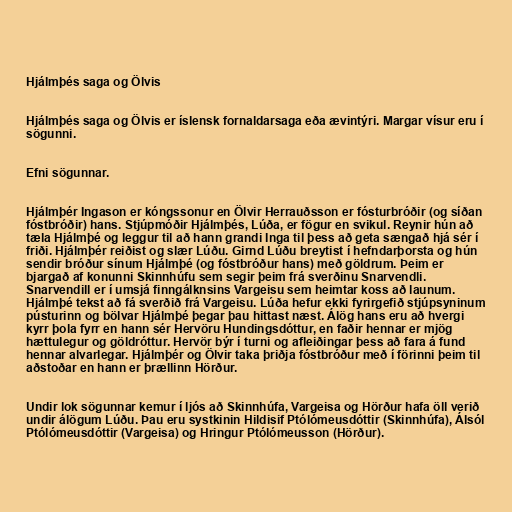
Hjálmþés saga og Ölvis

Hjálmþés saga og Ölvis er íslensk fornaldarsaga eða ævintýri. Margar vísur eru í
sögunni.

Efni sögunnar.

Hjálmþér Ingason er kóngssonur en Ölvir Herrauðsson er fósturbróðir (og síðan
fóstbróðir) hans. Stjúpmóðir Hjálmþés, Lúða, er fögur en svikul. Reynir hún að
tæla Hjálmþé og leggur til að hann grandi Inga til þess að geta sængað hjá sér í
friði. Hjálmþér reiðist og slær Lúðu. Girnd Lúðu breytist í hefndarþorsta og hún
sendir bróður sínum Hjálmþé (og fóstbróður hans) með göldrum. Þeim er
bjargað af konunni Skinnhúfu sem segir þeim frá sverðinu Snarvendli.
Snarvendill er í umsjá finngálknsins Vargeisu sem heimtar koss að launum.
Hjálmþé tekst að fá sverðið frá Vargeisu. Lúða hefur ekki fyrirgefið stjúpsyninum
pústurinn og bölvar Hjálmþé þegar þau hittast næst. Álög hans eru að hvergi
kyrr þola fyrr en hann sér Hervöru Hundingsdóttur, en faðir hennar er mjög
hættulegur og göldróttur. Hervör býr í turni og afleiðingar þess að fara á fund
hennar alvarlegar. Hjálmþér og Ölvir taka þriðja fóstbróður með í förinni þeim til
aðstoðar en hann er þrællinn Hörður.

Undir lok sögunnar kemur í ljós að Skinnhúfa, Vargeisa og Hörður hafa öll verið
undir álögum Lúðu. Þau eru systkinin Hildisif Ptólómeusdóttir (Skinnhúfa), Álsól
Ptólómeusdóttir (Vargeisa) og Hringur Ptólómeusson (Hörður).